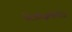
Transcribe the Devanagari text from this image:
पेंटाग्ज़िलेलीज़